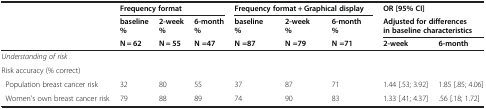
|  | <COLSPAN=3> Frequency format | <COLSPAN=3> Frequency format + Graphical display | <COLSPAN=2> OR [95% CI] |
 |  | baseline % | 2-week % | 6-month % | baseline % | 2-week % | 6-month % | <COLSPAN=2> Adjusted for differences in baseline characteristics |
 |  | N = 62 | N = 55 | N =47 | N =87 | N =79 | N =71 | 2-week | 6-month |
 | --- | --- | --- | --- | --- | --- | --- | --- | --- |
 | Understanding of risk |  |  |  |  |  |  |  |  |
 | Risk accuracy (% correct) |  |  |  |  |  |  |  |  |
 | Population breast cancer risk | 32 | 80 | 55 | 37 | 87 | 71 | 1.44 [.53; 3.92] | 1.85 [.85; 4.06] |
 | Women’s own breast cancer risk | 79 | 88 | 89 | 74 | 90 | 83 | 1.33 [.41; 4.37] | .56 [.18; 1.72] |